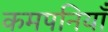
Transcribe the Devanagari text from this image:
कमपनियाँ